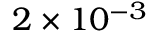
2 \times 1 0 ^ { - 3 }